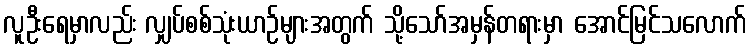
လူဦးရေမှာလည်း လျှပ်စစ်သုံးယာဉ်များအတွက် သို့သော်အမှန်တရားမှာ အောင်မြင်သလောက်